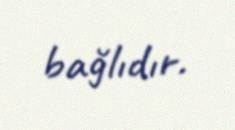
bağlıdır.